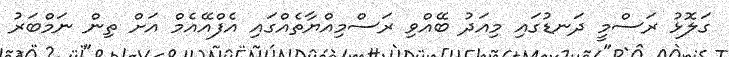
ގަލޮޅު ރަސްމީ ދަނޑުގައި މިއަދު ބޭއްވި ރަސްމިއްޔާތެއްގައި އެފްއޭއެމް އަށް ތިން ނަމްބަރު